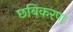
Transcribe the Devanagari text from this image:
छबिकरण